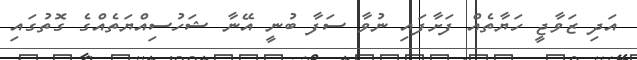
އަދި ޒަވާޖީ ހަޔާތެއް ފަށާފައި ނުވާ ސަފާ ބުނީ އޭނާ ޝަހުސިއްޔަތެއްގެ ގޮތުގައި